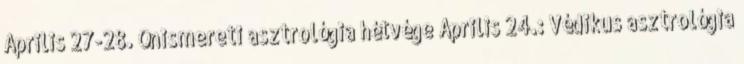
Április 27-28. Önismereti asztrológia hétvége Április 24.: Védikus asztrológia